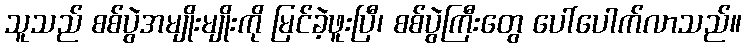
သူသည် စစ်ပွဲအမျိုးမျိုးကို မြင်ခဲ့ဖူးပြီ၊ စစ်ပွဲကြီးတွေ ပေါ်ပေါက်လာသည်။